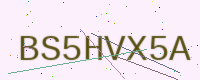
Text: BS5HVX5A